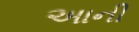
અાની